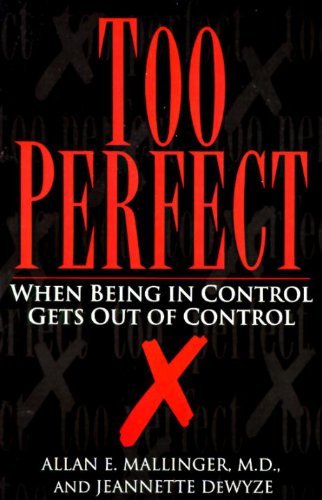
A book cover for Too Perfect: When Being in Control Gets Out of Control; Jeannette Dewyze; Health, Fitness & Dieting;